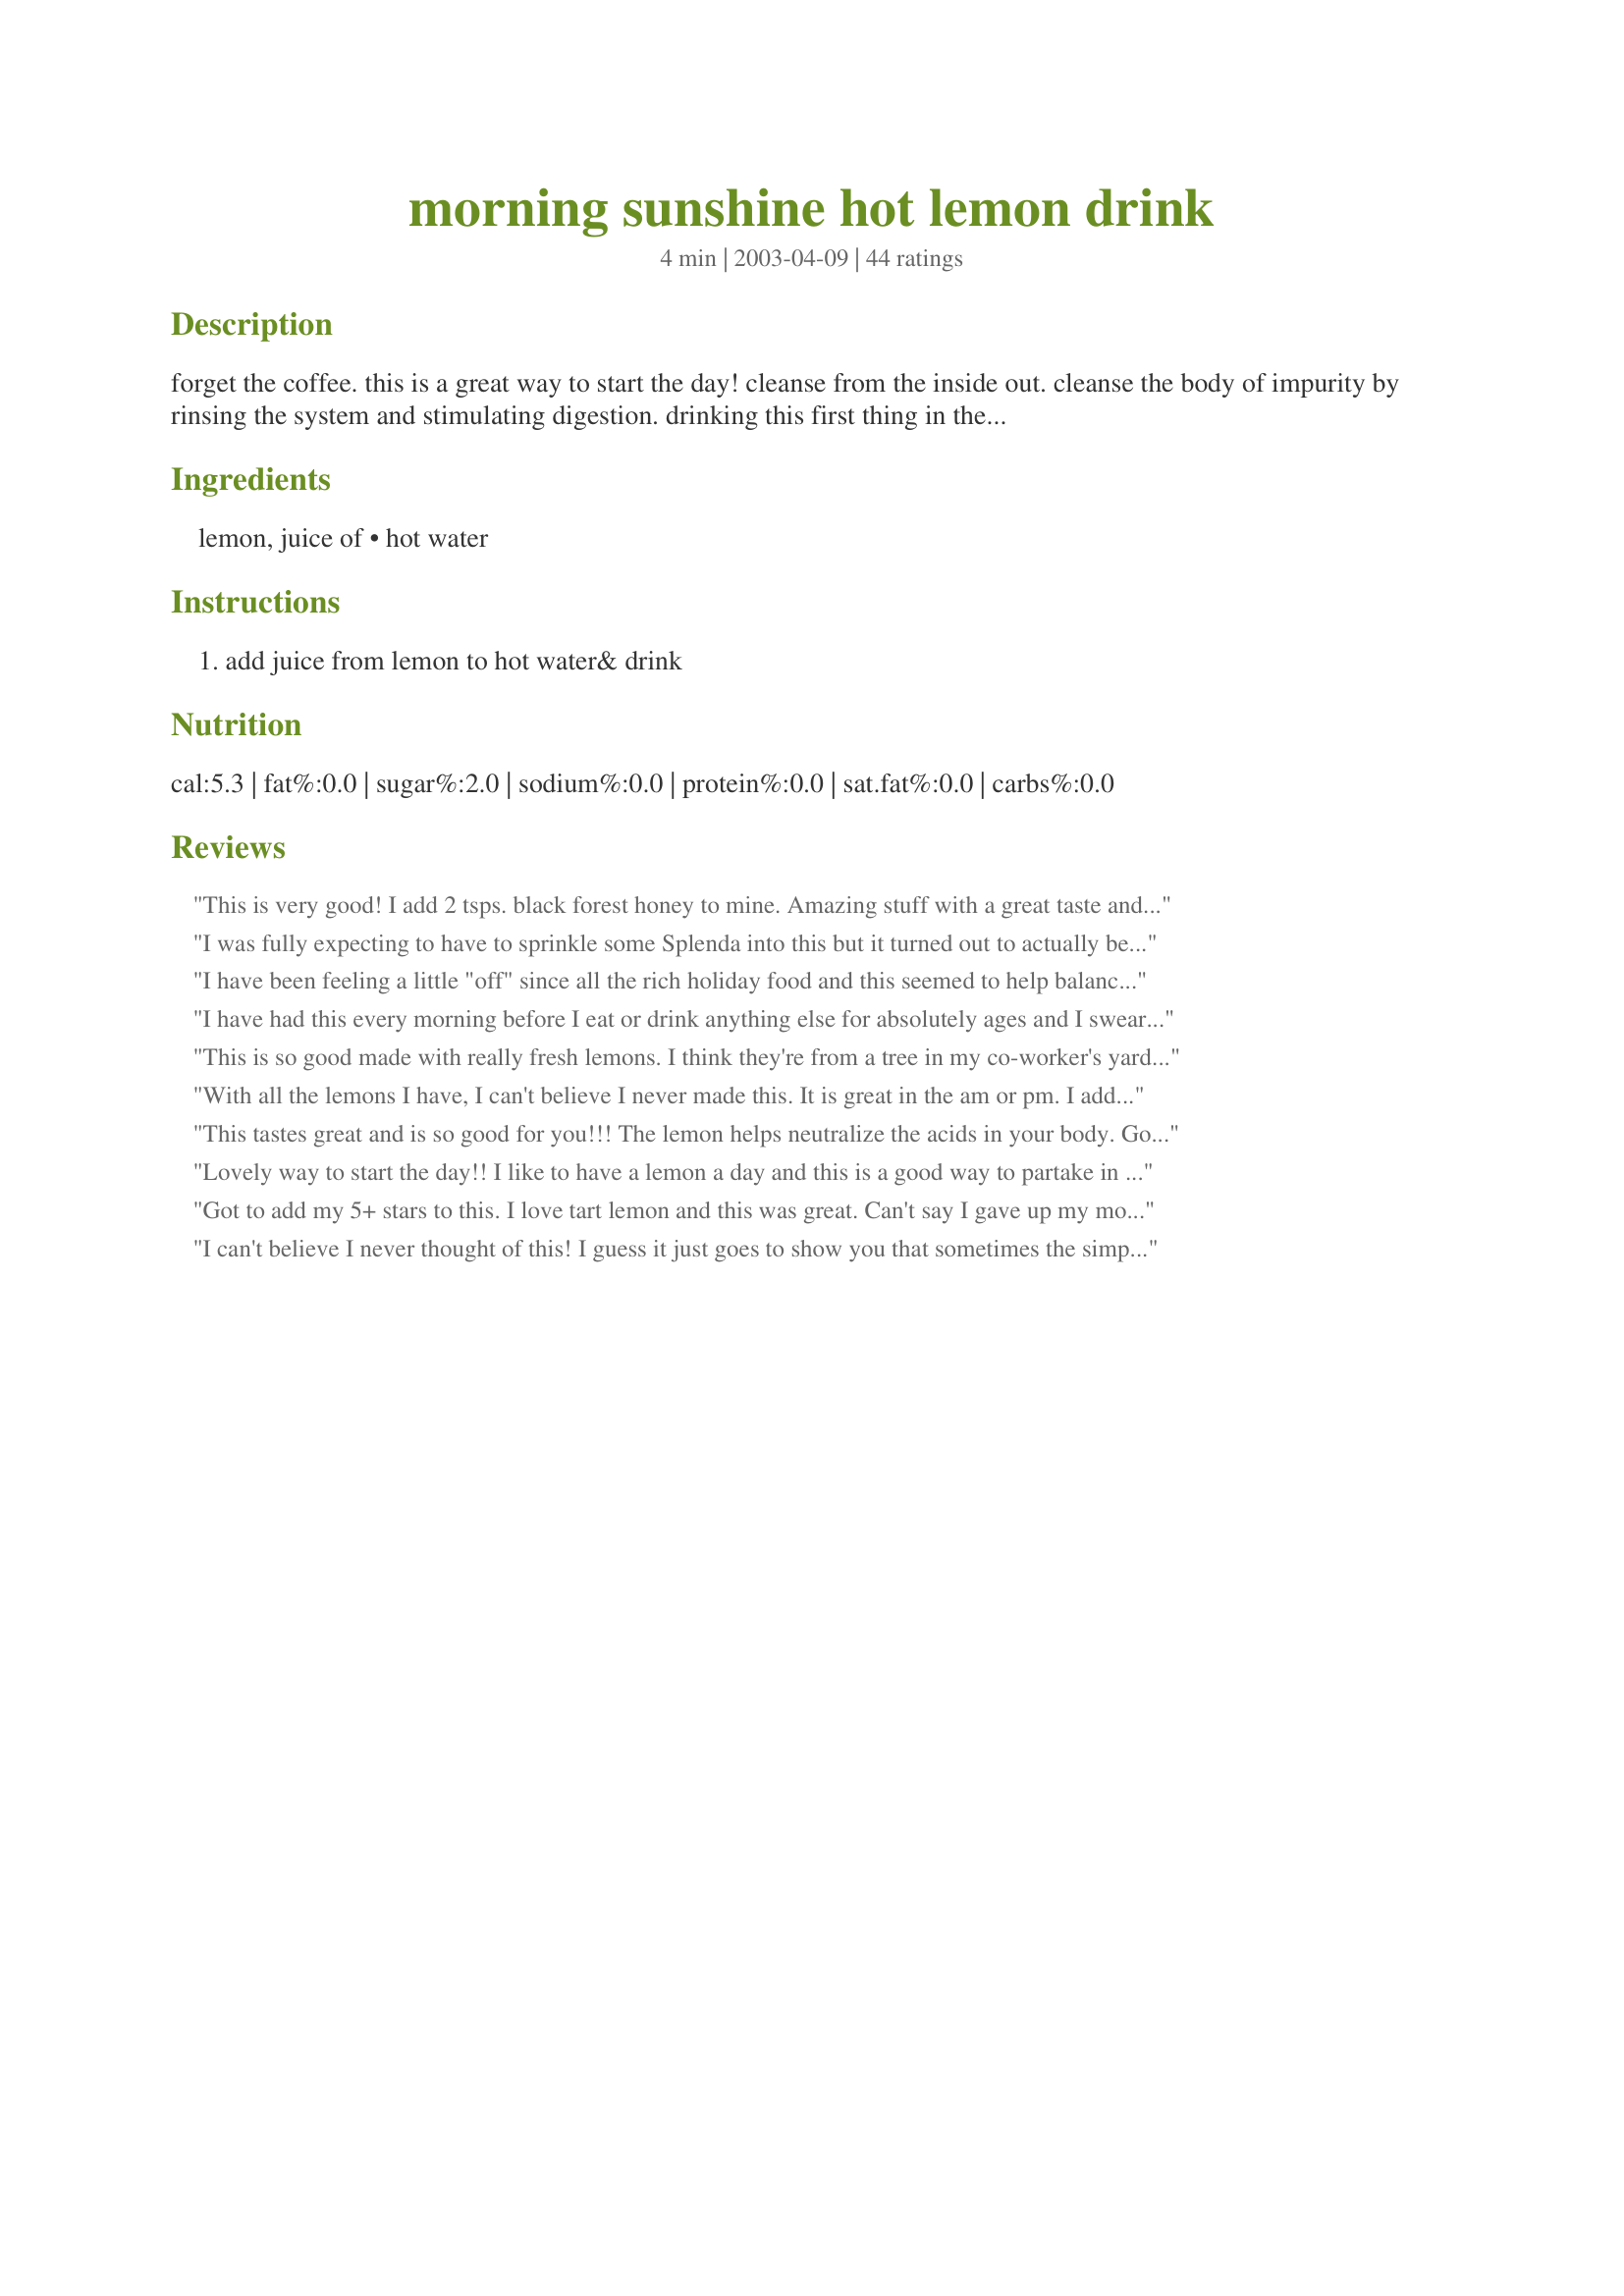
morning sunshine hot lemon drink
Preparation time: 4 minutes

forget the coffee. this is a great way to start the day! cleanse from the inside out. cleanse the body of impurity by rinsing the system and stimulating digestion. drinking this first thing in the morning will also help to "tone" your body because lemon stimulates cleansing of both the gallbladder and liver. relieves symptoms of indigestion such as heartburn, bloating and belching. controls constipation and diarrhea by eliminating waste efficiently. cleanses the liver.

Ingredients:
lemon, juice of, hot water

Steps:
add juice from lemon to hot water& drink

Reviews:
This is very good! I add 2 tsps. black forest honey to mine. Amazing stuff with a great taste and makes you glow with health!
I was fully expecting to have to sprinkle some Splenda into this but it turned out to actually be a very mellow and refreshing drink. I even liked it as it cooled down and the lemon became a stronger taste. Made for I Recommend Tag.
I have been feeling a little "off" since all the rich holiday food and this seemed to help balance my system. Thanks!
I have had this every morning before I eat or drink anything else for absolutely ages and I swear by it. It not only cleanses your liver and gallblader(which i only just discovered + all the other benifits), but it also detoxs your skin, I love it, thanks for posting. Miss Pixie x x x :)
This is so good made with really fresh lemons. I think they're from a tree in my co-worker's yard. I didn't put honey, but my other co-worker did. It really does feel rejuvenating.
With all the lemons I have, I can't believe I never made this. It is great in the am or pm. I add a little sprig on mint from my herbs, just a little one which infuses the whole thing. What a great easy drink. Refreshing & simple. If I want a bit of sweet, I add just a drop of honey, but I just usually add the mint and sometimes I add nothing. I just found this and love it.
This tastes great and is so good for you!!! The lemon helps neutralize the acids in your body. Good stuff!Thanks!!!
Lovely way to start the day!! I like to have a lemon a day and this is a good way to partake in that ritual. I didn't use HOT water more warm just because its hot here - even in the morning! I don't feel a need for a sweetener but that's just my taste. Thanks Rita!! Made for the amazing VIP for Veg*n Swap 29!!
Got to add my 5+ stars to this. I love tart lemon and this was great. Can't say I gave up my morning coffee but had this for afternoon break & it's great. I did add a teaspoon of splenda to break the tartness and it was perfect. Have to agree with others it leaves a clean fresh taste in my mouth. atlfitgirl describes it best as "LIQUID SUNSHINE" will be having this every day to see if it makes my "SKIN GLOW. Thanks Rita, I would never have thought of this, so simple and sooooo good.
I can't believe I never thought of this! I guess it just goes to show you that sometimes the simplest things are the best. This "feels" so much nicer than coffee and leaves a clean feeling in my mouth. It also makes a wonderful pre-bedtime drink. I sometimes add a little Splenda and a couple drops of vanilla to make this even more soothing. Love it!
I came across this by chance and thought what the heck...I have been FREEZING for the last several weeks(very pathetic for living in Orange County,California I know)and thought I would give it a try. I am addicted! I love coffee, but this is something I can even drink late into the night if I choose, and yes-it is refreshing! Thanks for posting Rita!!
I love hot lemon drinks...and this is so basic I'm embarassed I didn't think of it myself. :o) It's quick, easy, and delicious! I did add a little sweetener to my cup.
I am not a coffee drinker, and this was a great alternative. Not too tart and nice and warming. Easier than coffee too! Tagged in Vegan Swap. I'll have to keep this and take it more regularly for the cleansing benefits. Thanks Rita. You always have such great health remedies!
I&#039;m sipping this as I write the review on a chill autumn day. It&#039;s blustery outside my window but this hot lemon drink is warming and comforting. Somehow it just feel&#039;s health giving. It tastes marvelous (I did add a tiny amount of Splenda, maybe 1/4 tsp). Add me to the growing ranks of fans. :D
Good health in a warm cup! All one could ask for in a pick-me-up refresher. I felt healthier with the very first sip. I know I'll be drinking this regularly from now on. Many thanks Rita! Made for PAC 2010.
Ahhhh, I feel so much better! I had ice cream for breakfast and have been feeling "blah" all day, so I figured I could use some "Evening Sunshine"! This made me feel energized and purified- a total body and mind boost. You do have to be careful about drinking this too much- too much lemon juice and leech calcium from your teeth! I didn't add any honey, but I like "tart." Used half an organic lemon...Yum! Not too tart to drink and plenty of refreshing lemon flavor. I have had a tickly throat for the past few days, too, and this feels great on it! Thanks Rita, I'll make this again whenever I need a helathy pick-me-up!
I enjoy a good cup of coffee in the morning but the bad thing is I always want something sweet to eat with it. Made this drink with hot water and for the sweet added a bit of honey. Very good and I didnt feel as bogged down and heavy like I did when eating the sweet and drinking the coffee. Very easy, tastes great, and good for your health! Made and reviewed for the Vegetarian/Vegan Forums Veggie Swap #48 ~ July 2012.
i usually drink this when i have a dry/itchy/sore throat. what i also do is add a few slices of ginger. sometimes honey too.
Wow! This was fantastic! You know, with such a simple recipe, you might be thinking-how can this be so great? Well- sometimes simplicity works best. This is like a fresh lemon herb tea and I could drink this endlessly. I tasted it as written first,and found it to be delicious. Next I added some honey and found it equally tasty.
This recipe made me smile--the school nurse used to give this to us when we were feeling under the weather, but not sick enough to go home. And it was uber-tasty. :3
My Grandmother & Mother drank "lemon water" and now my Granddaughter &I do but I much prefer your "Morning Sunshine" name for it.
I didn't not really loved the taste. Too sour for me LOL Next time I'll add maybe a little bit of Splenda. I felt better after this. Usually each morning after my strong coffee when I go to work, I have heartburns. But this morning I drank this and nothing else. I went to work and felt great. Then at work I took my coffee and I'm still fine. Thanks Rita :) Made for Zaar Star Game.
I saw this and had to comment that it reminded me of my Grandmother who enjoyed this all the time. I think there was a time when my Mom also had a hot water and lemon kick. I will have to try it myself but wanted to tell you that I'm smiling now.
If i have a sore throat this is the stuff I drink. It helps relieve the itch and the pain, for a while! I love it. I am also a singer and use it right before I am going to sing. I drink it with and without sweetener. :)
I use this everyday! It helps clear out mucous and is a mild diuretic.
Not just a morning drink here at my house... I like to sip on it during the day too. It is really like liquid sunshine!!! I love the tanginess and the way it makes my skin glow... I have to add a little raw honey to it if my BF wants some... Thanks for sharing!!!
I 'really' expected this to be sour, and was amazed that it wasn't! It was very refreshing to begin my day with this rather than my 'usual' coffee. I should do that more often. Thanks for sharing Rita!
This is good. I'm drinking it now as I type. No sugar or honey has been added. It's great as is.
Excellent morning drink.I've been making this for years.It's good with honey,too,but the heat seems to tame some of the acidity.
I love this stuff, I drink it every morning and I add in some lime juice also. Thanks Rita!
I wish I could get used to drink it every morning. Since I don't have that much time for myself,knowing that this does so much good for my body it felt like a treat. Even though it's so simple. So true about the gallbladder.Thanks for sharing.
I saw the recipe review this morning, so I went down and bought a bag of lemons. This is so nice. Kind of a comfort drink!! Thanks for the recipe!
Well, I forgot the coffee years ago, but that doesn't stop me from thoroughly enjoying A WONDERFUL HOT DRINK like this one ~ SO EASY & SO DELICIOUS! ABSOLUTELY GREAT FOR WHATEVER! Thanks for sharing! [Tagged, made & reviewed as an extra recipe for one of my teammates in our raw food group in the Vegetarian/Vegan Recipe Swap]
I love this. It is a great way to start the day. I drink this when I want to cleanse my body. I use Meyer lemons from my yard. Great tasting!
Very refreshing.. it would also be a nice drink right before bed.
This is a good healthy drink. I usually do one with honey & lemon slice so this was a good change to drink after my morning Recipe #422807 routine. Made for Veggie Swap 23.
This really does taste good! I usually drink tea, but I like this just as much, if not more. For a little variety I add some pineapple mint from my garden. Thanks, Rita!!
I am not a coffee person. That said, when we go out to a restaurant, I like to order hot water and lemon instead of tea. I find it soothing and settles the stomach. Works for me!
Delightful. I enjoyed this yesterday evening so thought I should call it 'moonshine'. ;) I remember that one time I was on a diet (no, didn't drink moonshine) but it was suggested to drink a tblsp. of lemon juice in a couple of ounces of hot water, this tastes better. I will have to buy a big supply of lemons as I plan to start my day off with this regularly. Thanks for a great idea. Reviewed for "I Recommend Tag Game.
I add splenda to mine. Also, I think it's minute maid that makes a frozen lemon juice - not reconstituted, fresh lemon juice - comes in a small yellow plastic bottle - quick and easy instead of squeezing lemons.
This was the pick-me-up I needed after a few days of feeling blah. I think it is all the rich food I have been eating with the holidays here, but my stomach has been upset lately. This tasted fresh and healthy and was lovely to sip while I made breakfast. I won't drink it everyday as lemon juice in large quantities is not good for your teeth (as Roosie said), but occasionally this will help me I'm sure. Thanks Rita!
Very refreshing taste. I used lemon juice that I had frozen in ice cube trays. 
Great morning starter. Thanks Rita!
I gave up coffee and decided to drink this Sunshine instead. I love the taste of lemon...so clean. Add my name to the list of people who drizzle in a little honey to sweeten their morning. Thanks Rita for helping to make/keep us healthy.
I make this all the time; I'd never seen a recipe but am glad I'm not the only one who likes it!
